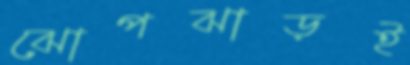
ঝোপঝাড়ই